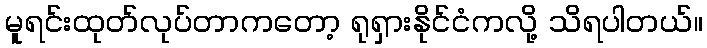
မူရင်းထုတ်လုပ်တာကတော့ ရုရှားနိုင်ငံကလို့ သိရပါတယ်။